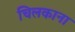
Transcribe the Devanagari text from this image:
चिलकाना